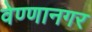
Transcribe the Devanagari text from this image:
वेण्णानगर